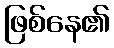
ဖြစ်နေ၏